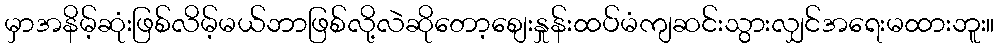
မှာအနိမ့်ဆုံးဖြစ်လိမ့်မယ်ဘာဖြစ်လို့လဲဆိုတော့စျေးနှုန်းထပ်မံကျဆင်းသွားလျှင်အရေးမထားဘူး။